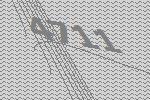
4711